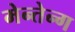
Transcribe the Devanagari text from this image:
मेन्तेन्ग